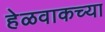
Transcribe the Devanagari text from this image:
हेळवाकच्या